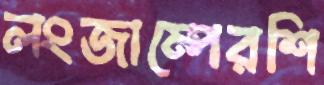
লংজাম্পেরশি